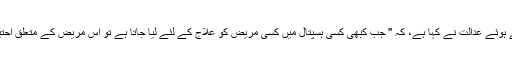
ہسپتال کی جوابدہی کو ظاہر کرتے ہوئے عدالت نے کہا ہے، کہ " جب کبھی کِسی ہسپتال میں کِسی مریض کو علاج کے لئے لیا جاتا ہے تو اُس مریض کے متعلق احتیاط برتنا اُس کا فرض ہو جاتا ہے۔